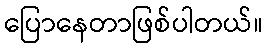
ပြောနေတာဖြစ်ပါတယ်။